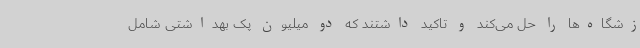
زشگاه‌ها را حل می‌کند و تاکید داشتند که دو میلیون پک بهداشتی شامل